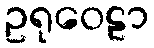
ဥရုဝေဠာ